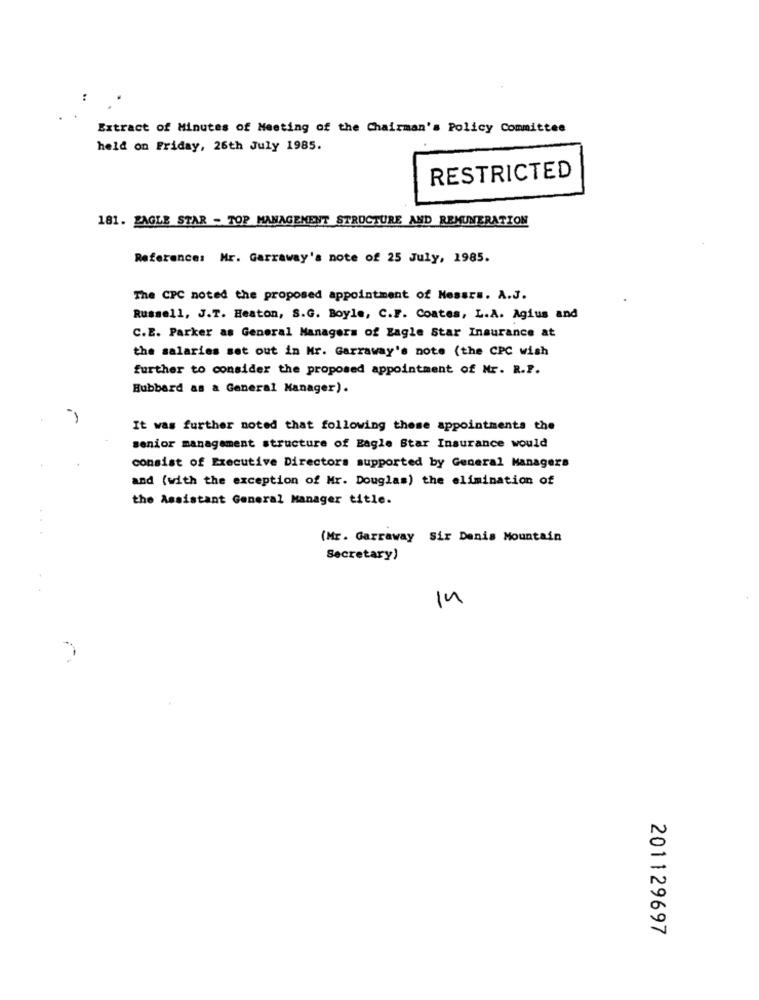
Extract of Minutes of Meeting of the Chairman's Policy Committee
held on Friday, 26th July 1985.
RESTRICTED
181. EAGLE STAR - TOP MANAGEMENT STRUCTURE AND REMUNERATION
Reference: Mr. Garraway's note of 25 July, 1985.
The CPC noted the proposed appointment of Messrs. A.J.
Russell, J.T. Heaton, S.G. Boyle, C.F. Coates, L.A. Agius and
C.E. Parker as General Managers of Eagle Star Insurance at
the salaries set out in Mr. Garzaway's note (the CPC wish
further to consider the proposed appointment of Mr. R.P.
Hubbard as a General Manager).
It was further noted that following these appointments the
senior management structure of Eagle Star Insurance would
consist of Executive Directors supported by General Managers
and (with the exception of Mr. Douglas) the elimination of
the Assistant General Manager title.
(Mr. Garraway Sir Denis Mountain
Secretary)
14
201129697